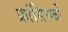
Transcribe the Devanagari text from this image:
फ्रांसिस्‍को